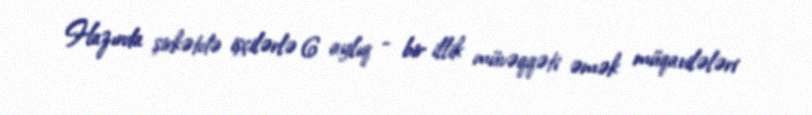
Hazırda şirkətdə işçilərlə 6 aylıq - bir illik müvəqqəti əmək müqavilələri